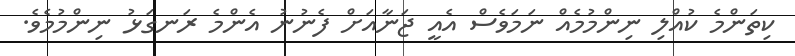
ކިތަންމެ ކުއްލި ނިންމުމެއް ނަމަވެސް އެއީ ޖަނާއަށް ފެނުނު އެންމެ ރަނގަޅު ނިންމުމެވެ.